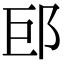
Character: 䢹